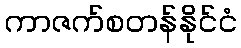
ကာဇက်စတန်နိုင်ငံ